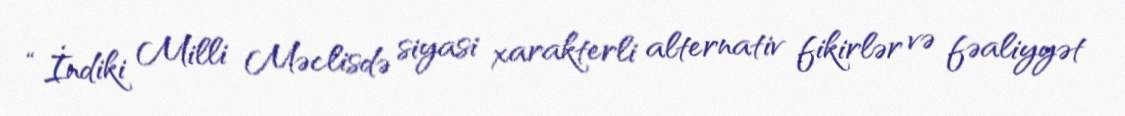
“İndiki Milli Məclisdə siyasi xarakterli alternativ fikirlər və fəaliyyət